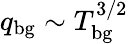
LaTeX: q_{\mathrm{bg}}\sim T_{\mathrm{bg}}^{3/2}